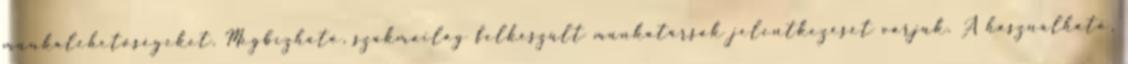
munkalehetőségeket. Megbízható, szakmailag felkészült munkatársak jelentkezését várjuk. A használható,